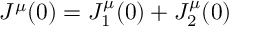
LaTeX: J ^ { \mu } ( 0 ) = J _ { 1 } ^ { \mu } ( 0 ) + J _ { 2 } ^ { \mu } ( 0 )